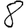
Digit: 8